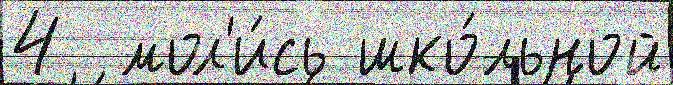
4  мол'и́сь шко́льной